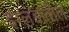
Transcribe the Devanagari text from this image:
इंग्लडातील